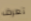
تعرف